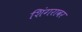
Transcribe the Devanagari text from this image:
शिंगरावर